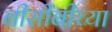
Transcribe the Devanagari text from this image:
बीसीबीच्या